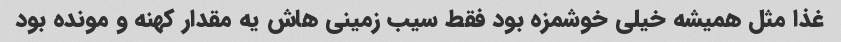
غذا مثل همیشه خیلی خوشمزه بود فقط سیب زمینی هاش یه مقدار کهنه و مونده بود